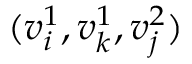
( v _ { i } ^ { 1 } , v _ { k } ^ { 1 } , v _ { j } ^ { 2 } )